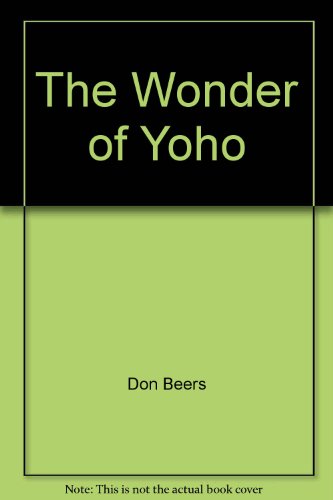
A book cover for The Wonder of Yoho: A Trail Guide; Don Beers; Travel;